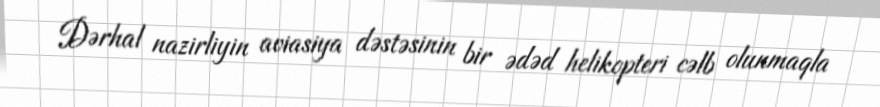
Dərhal nazirliyin aviasiya dəstəsinin bir ədəd helikopteri cəlb olunmaqla